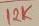
Text: 12K